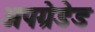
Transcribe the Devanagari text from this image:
अपग्रेडेड